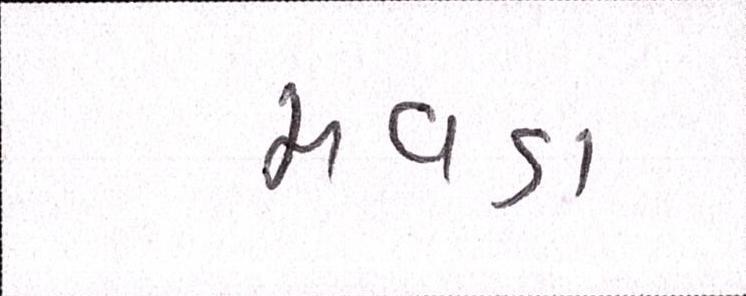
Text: મવડા